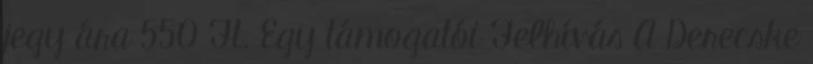
jegy ára 550 Ft. Egy támogatói Felhívás A Derecske